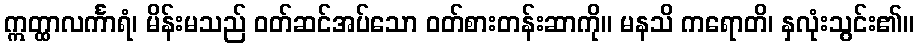
ဣတ္ထာလင်္ကာရံ၊ မိန်းမသည် ဝတ်ဆင်အပ်သော ဝတ်စားတန်းဆာကို။ မနသိ ကရောတိ၊ နှလုံးသွင်း၏။